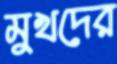
মুখদের